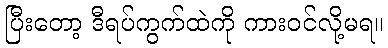
ပြီးတော့ ဒီရပ်ကွက်ထဲကို ကားဝင်လို့မရ။